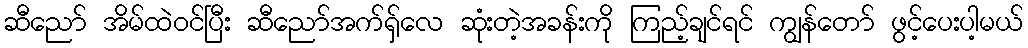
ဆီညော် အိမ်ထဲဝင်ပြီး ဆီညော်အက်ရှ်လေ ဆုံးတဲ့အခန်းကို ကြည့်ချင်ရင် ကျွန်တော် ဖွင့်ပေးပါ့မယ်